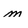
Character: m